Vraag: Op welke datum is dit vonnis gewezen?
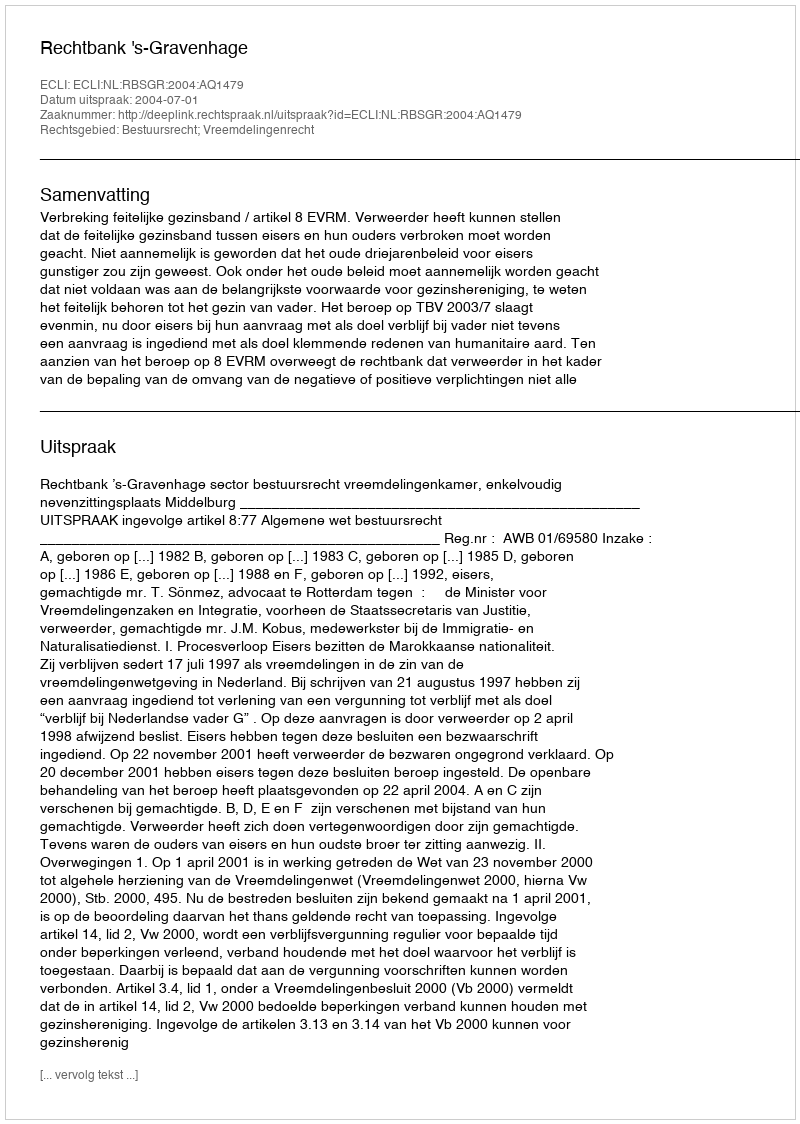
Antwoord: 2004-07-01